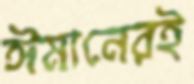
ঈমানেরই